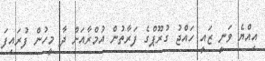
އިއްޔެ ވަނީ ޒައީ ހައްޖު ގުރޫޕްގެ ފަރާތުން އުމްރާއަށް ދާ މީހުން ފުރައިފަ